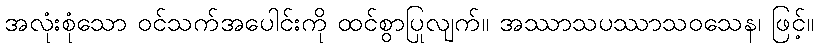
အလုံးစုံသော ဝင်သက်အပေါင်းကို ထင်စွာပြုလျက်။ အဿာသပဿာသဝသေန၊ ဖြင့်။